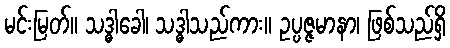
မင်းမြတ်။ သဒ္ဓါခေါ၊ သဒ္ဓါသည်ကား။ ဥပ္ပဇ္ဇမာနာ၊ ဖြစ်သည်ရှိ